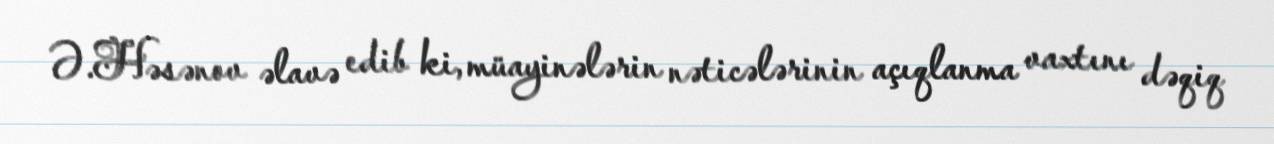
Ə.Həsənov əlavə edib ki, müayinələrin nəticələrinin açıqlanma vaxtını dəqiq